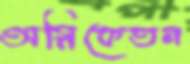
অগ্নিকেতন